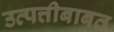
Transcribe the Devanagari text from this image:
उत्पत्तीबाबत